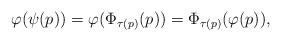
LaTeX: \begin{align*}\varphi(\psi(p))=\varphi(\Phi_{\tau(p)}(p))=\Phi_{\tau(p)}(\varphi(p)),\end{align*}